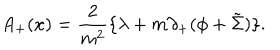
LaTeX: A _ { + } ( x ) = \frac { 2 } { m ^ { 2 } } \{ { \lambda } + m { \partial } _ { + } ( { \phi } + \tilde { \Sigma } ) \} .